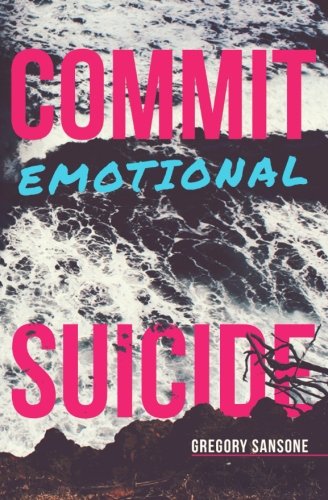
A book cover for Commit Emotional Suicide; Gregory G. Sansone; Health, Fitness & Dieting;